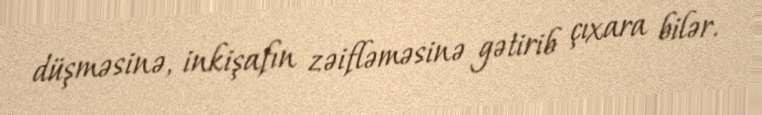
düşməsinə, inkişafın zəifləməsinə gətirib çıxara bilər.